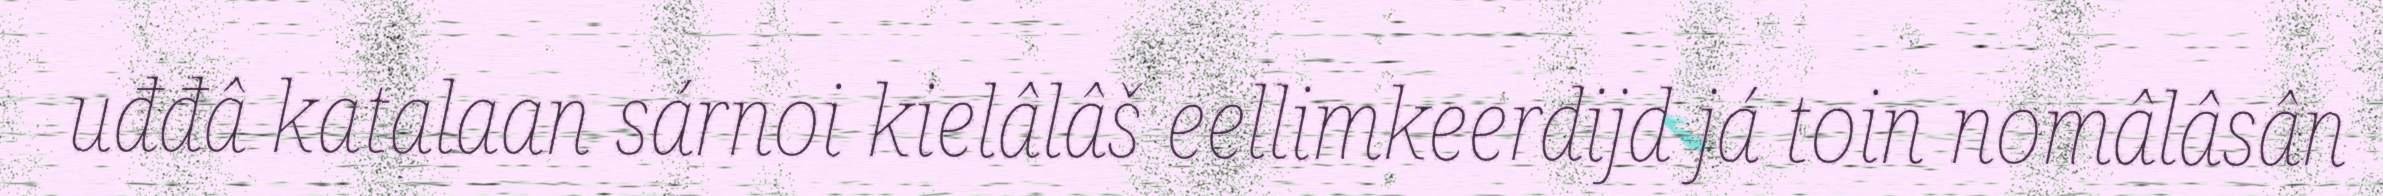
uđđâ katalaan sárnoi kielâlâš eellimkeerdijd já toin nomâlâsân